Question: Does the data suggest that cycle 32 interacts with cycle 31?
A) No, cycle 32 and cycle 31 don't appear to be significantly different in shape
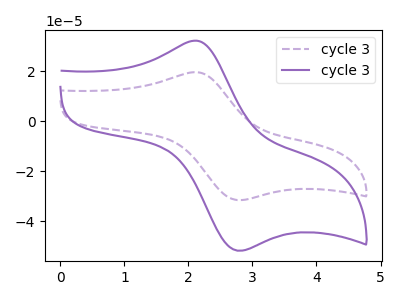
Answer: <think>The purple dashed curve "cycle 31" has an anodic peak at (2.10V, 19.65uA) and a cathodic peak at (2.80V, -31.55uA). The purple curve "cycle 32" has an anodic peak at (2.10V, 32.25uA) and a cathodic peak at (2.80V, -51.80uA).
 All the peaks in "cycle 32" have a peak in "cycle 31" at the same potential. Every peak in "cycle 32" is higher than every peak in "cycle 31".</think>
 <answer>A) No, "cycle 32" and "cycle 31" don't appear to be significantly different in shape</answer>
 <eval>A</eval>